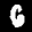
Label: 6